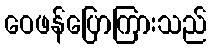
ဝေဖန်ပြောကြားသည်